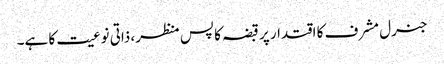
جنرل مشرف کا اقتدار پر قبضہ کا پس منظر، ذاتی نوعیت کا ہے۔